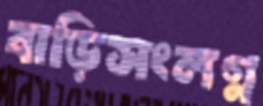
বাড়িসংলগ্ন